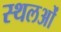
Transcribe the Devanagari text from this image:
स्थलओं